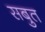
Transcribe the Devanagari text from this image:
सबुत